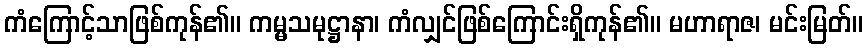
ကံကြောင့်သာဖြစ်ကုန်၏။ ကမ္မသမုဋ္ဌာနာ၊ ကံလျှင်ဖြစ်ကြောင်းရှိကုန်၏။ မဟာရာဇ၊ မင်းမြတ်။